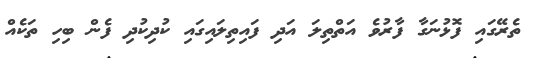
ތެރޭގައި ފޮޅުނަގާ ފާރުވެ އަތްތިލަ އަދި ފައިތިލައިގައި ކުދިކުދި ފެން ބިހި ތަކެއް